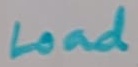
Text: Load